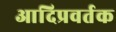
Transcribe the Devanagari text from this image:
आदिप्रवर्तक